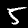
Label: 5